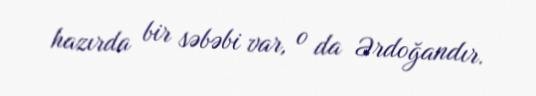
hazırda bir səbəbi var, o da Ərdoğandır.